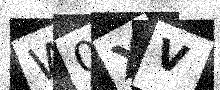
Text: W0XV